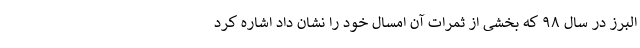
البرز در سال ۹۸ که بخشی از ثمرات آن امسال خود را نشان داد اشاره کرد